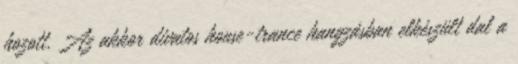
hozott. Az akkor divatos house-trance hangzásban elkészült dal a